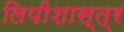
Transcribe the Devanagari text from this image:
लिपीशास्त्र